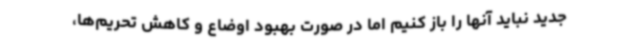
جدید نباید آنها را باز کنیم اما در صورت بهبود اوضاع و کاهش تحریم‌ها،